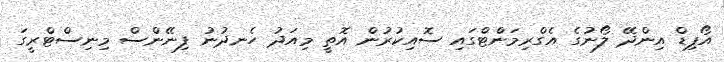
އޯޕިޑް އިންދޭ ލޯނުގެ އެގްރިމަންޓްގައި ސޮއިކުރުން އޮތީ މިއަދު ހެނދުނު ފިނޭންސް މިނިސްޓްރީގަ